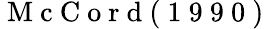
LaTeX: \mathrm{~M~c~C~o~r~d~(~1~9~9~0~)~}